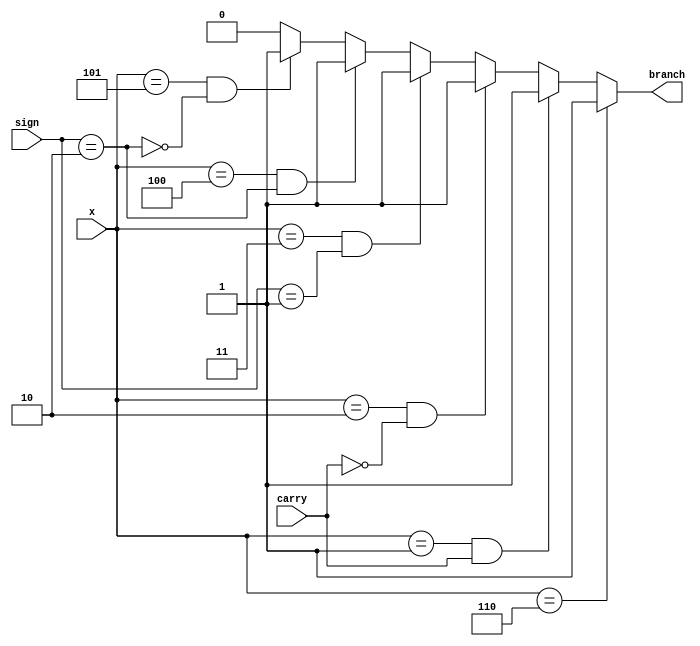
`timescale 1ns / 1ps
//////////////////////////////////////////////////////////////////////////////////
// Company: 
// Engineer: 
// 
// Design Name: 
// Module Name:    branchlogic 
// Project Name: 
// Target Devices: 
// Tool versions: 
// Description: 
//
// Dependencies: 
//
// Revision: 
// Revision 0.01 - File Created
// Additional Comments: 
//
//////////////////////////////////////////////////////////////////////////////////
module branchlogic(
	input	[2:0]x,
	input carry,
	input [1:0]sign,
	output reg branch
    );
	 always @*
	 begin
			if(x==3'b110)
	 		begin
	 		branch=1;
			end else if(x==3'b001 &carry==1)
			begin
			branch=1;
			end else if(x==3'b010 &carry==0)
			begin
			branch=1;
			end else if(x==3'b011 &sign==2'b01)
			begin
			branch=1;
			end else if(x==3'b100 &sign==2'b10)
			begin
			branch=1;
			end else if(x==3'b101 & ~(sign==2'b10))
			begin
			branch=1;
			end else 
			begin
			branch=0;
			end
			
	 end


endmodule